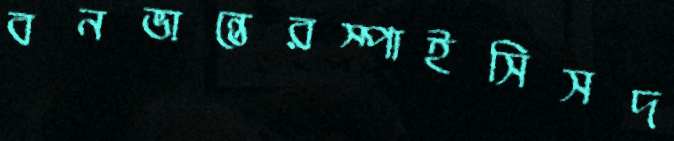
বনভান্তেরস্পাইসিসদ